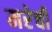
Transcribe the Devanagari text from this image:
मरेची